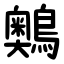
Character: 䴈